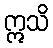
ဣသိ